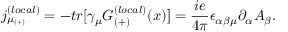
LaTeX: { j _ { \mu _ { ( + ) } } ^ { ( l o c a l ) } } = - t r [ \gamma _ { \mu } G _ { ( + ) } ^ { ( l o c a l ) } ( x ) ] = \frac { i e } { 4 \pi } \epsilon _ { \alpha \beta \mu } \partial _ { \alpha } A _ { \beta } .